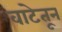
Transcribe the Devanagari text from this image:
वाटेतून